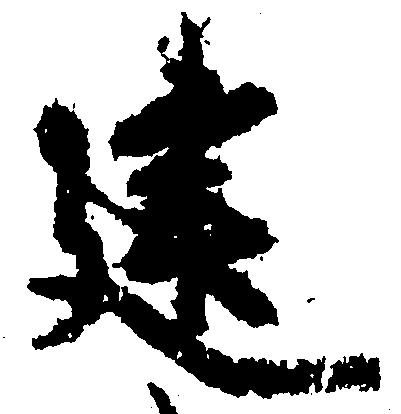
建